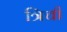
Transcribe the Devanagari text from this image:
त्रिची